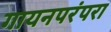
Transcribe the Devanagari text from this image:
गायनपरंपरा